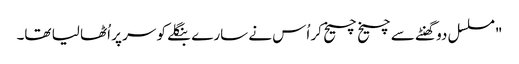
"مسلسل دو گھنٹے سے چیخ چیخ کر اُس نے سارے بنگلے کو سر پر اُٹھا لیا تھا۔